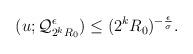
LaTeX: \begin{align*} \begin{aligned} (u;\mathcal{Q}_{2^kR_0}^{\epsilon})\leq (2^k R_0)^{-\frac{\epsilon}{\sigma}}. \end{aligned} \end{align*}